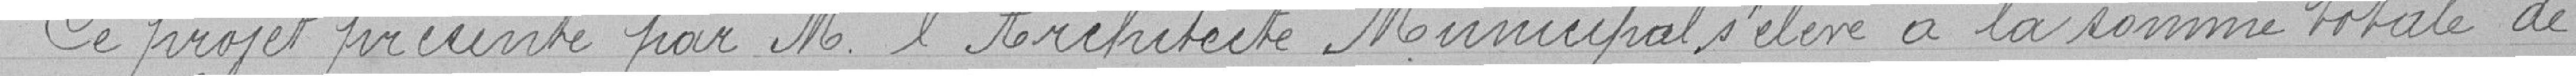
Ce projet présenté par M. l'Architecte Municipal s'élève à la somme totale de